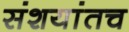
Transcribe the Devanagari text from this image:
संशयांतच